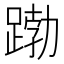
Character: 𮛱